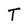
Character: T